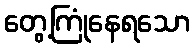
တွေ့ကြုံနေရသော